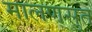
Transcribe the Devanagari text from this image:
मालणसुत